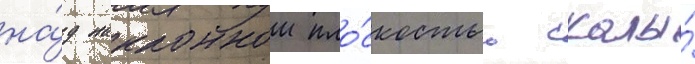
на́д наклоннои пло́скостью скалы́